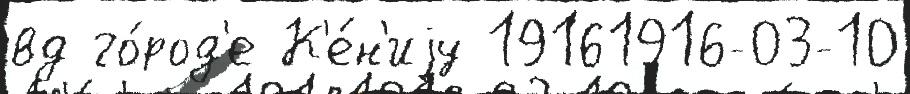
вд го́род'е К'е́н'иjу 19161916-03-10